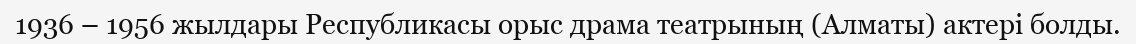
1936 – 1956 жылдары Республикасы орыс драма театрының (Алматы) актері болды.